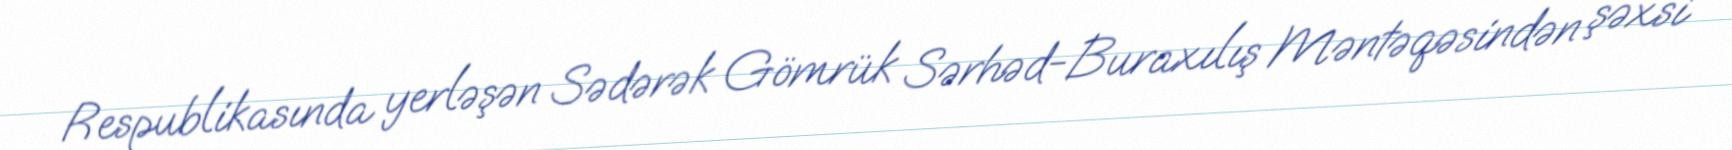
Respublikasında yerləşən Sədərək Gömrük Sərhəd-Buraxılış Məntəqəsindən şəxsi